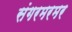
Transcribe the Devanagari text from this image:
संगरमरमर